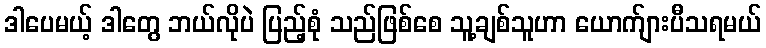
ဒါပေမယ့် ဒါတွေ ဘယ်လိုပဲ ပြည့်စုံ သည်ဖြစ်စေ သူ့ချစ်သူဟာ ယောက်ျားပီသရမယ်